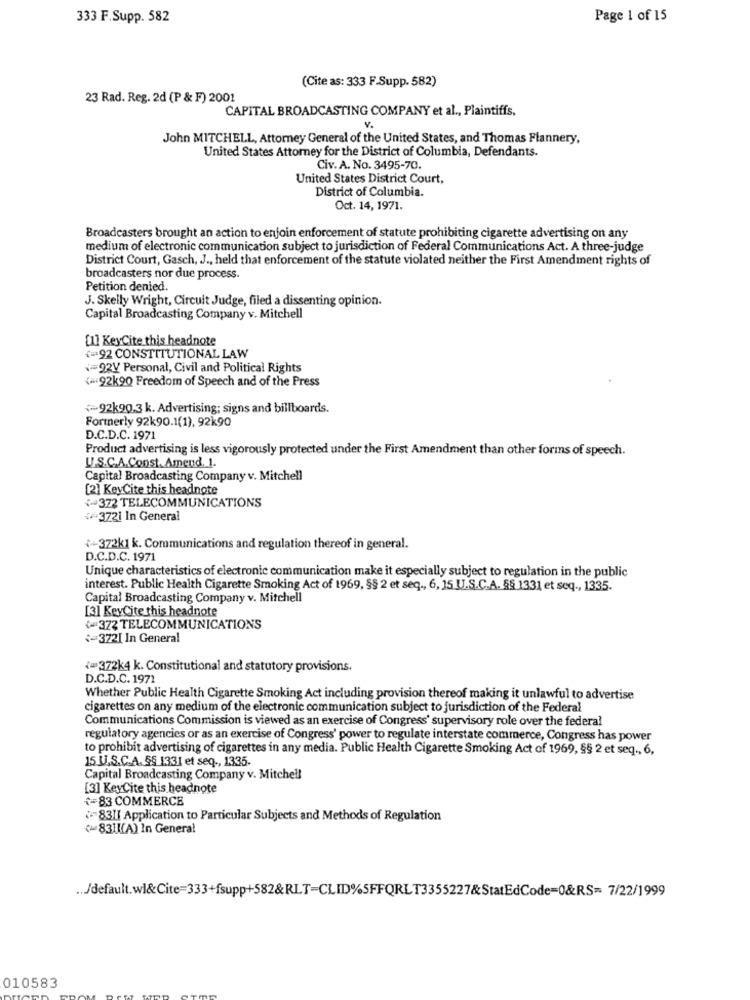
333 F.Supp. 582
Page 1 of 15
(Cite as: 333 F.Supp. 582)
23 Rad. Reg. 2d (P & F) 2001
CAPITAL BROADCASTING COMPANY et al ., Plaintiffs,
V.
John MITCHELL, Attorney General of the United States, and Thomas Flannery,
United States Attorney for the District of Columbia, Defendants.
Civ. A. No. 3495-70.
United States District Court,
District of Columbia.
Oct. 14, 1971.
Broadcasters brought an action to enjoin enforcement of statute prohibiting cigarette advertising on any
medium of electronic communication subject to jurisdiction of Federal Communications Act. A three-judge
District Court, Gasch, J ., held that enforcement of the statute violated neither the First Amendment rights of
broadcasters nor due process.
Petition denied.
J. Skelly Wright, Circuit Judge, filed a dissenting opinion.
Capital Broadcasting Company v. Mitchell
[1] KeyCite this headnote
<= 92 CONSTITUTIONAL LAW
=92V Personal, Civil and Political Rights
<= 92k90 Freedom of Speech and of the Press
~~ 92k90.3 k. Advertising; signs and billboards.
Formerly 92k90.1(1), 92k90
D.C.D.C. 1971
Product advertising is less vigorously protected under the First Amendment than other forms of speech.
U.S.C.A.Const. Amend. 1.
Capital Broadcasting Company v. Mitchell
[2] KeyCite this headnote
372 TELECOMMUNICATIONS
<3721 In General
++372k1 k. Communications and regulation thereof in general.
D.C.D.C. 1971
Unique characteristics of electronic communication make it especially subject to regulation in the public
interest. Public Health Cigarette Smoking Act of 1969, §§ 2 et seq ., 6, 15 U.S.C.A. §§ 1331 et seq ., 1335.
Capital Broadcasting Company v. Mitchell
[3] KeyCite this headnote
+=372 TELECOMMUNICATIONS
+372[ In General
<= 372k4 k. Constitutional and statutory provisions.
D.C.D.C. 1971
Whether Public Health Cigarette Smoking Act including provision thereof making it unlawful to advertise
cigarettes on any medium of the electronic communication subject to jurisdiction of the Federal
Communications Commission is viewed as an exercise of Congress' supervisory role over the federal
regulatory agencies or as an exercise of Congress' power to regulate interstate commerce, Congress has power
to prohibit advertising of cigarettes in any media. Public Health Cigarette Smoking Act of 1969, §§ 2 et seq ., 6,
15 U.S.C.A. §§ 1331 et seq ., 1335
Capital Broadcasting Company v. Mitchell
[3] KeyCite this headnote
+=83 COMMERCE
8311 Application to Particular Subjects and Methods of Regulation
831[[A) In General
... /default.wl&Cite=333+fsupp+582&RLT=CLID%SFFQRLT3355227&StatEdCode=0&RS= 7/22/1999
010583